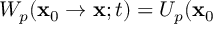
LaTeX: W _ { p } ( \mathbf { x } _ { 0 } \rightarrow \mathbf { x } ; t ) = U _ { p } ( \mathbf { x } _ { 0 }